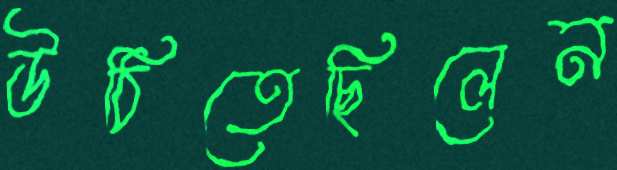
উঠিতেছিলেন